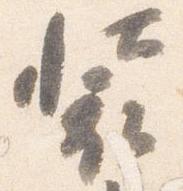
装